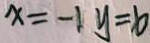
x = - 1 y = 6